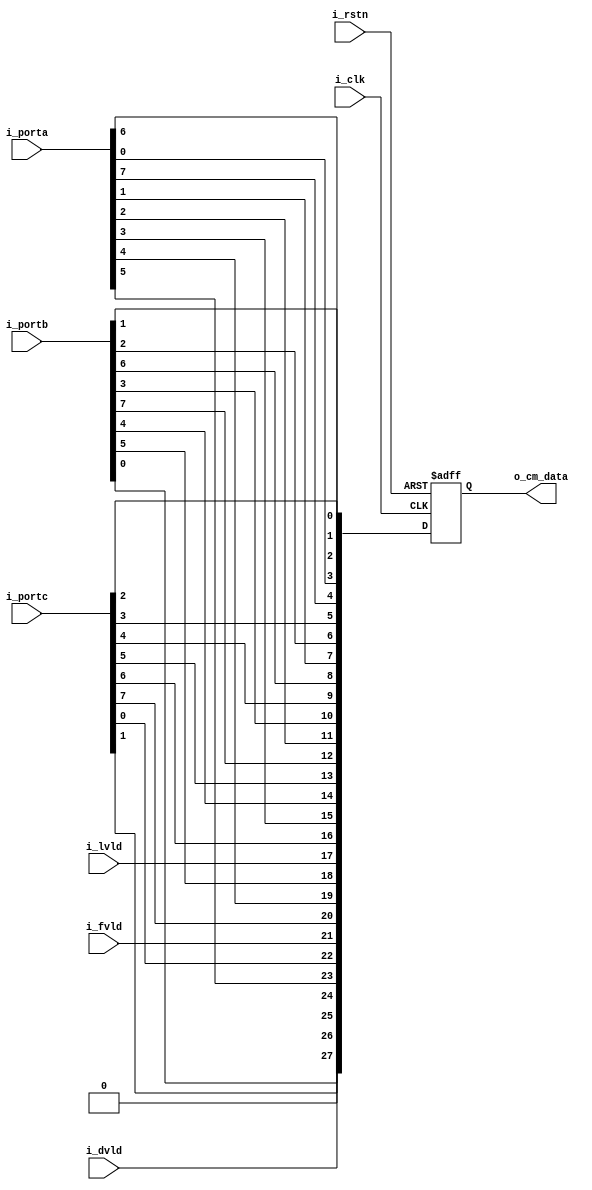
`timescale 1ns / 1ps
//////////////////////////////////////////////////////////////////////////////////
// Company: NJUST
// 
// Design Name: 
// Module Name: dvp2cmlink
// Project Name: 
// Target Devices: 
// Tool Versions: 
// Description: 
// 
// Dependencies: 
// 
// Revision:
// Revision 0.01 - File Created
// Additional Comments:
// 
//////////////////////////////////////////////////////////////////////////////////


module dvp2cmlink (
    input             i_clk,
    input             i_rstn,
    input             i_fvld,
    input             i_lvld,
    input             i_dvld,
    input      [ 7:0] i_porta,
    input      [ 7:0] i_portb,
    input      [ 7:0] i_portc,
    output reg [27:0] o_cm_data
);
  //-------------------------------------------------------
  //--  clk     _____________________
  //--  txout0 | tx7  | tx6  | tx4  | tx3  | tx2  | tx1  | tx0
  //--  txout1 | tx18 | tx15 | tx14 | tx13 | tx12 | tx9  | tx8
  //--  txout2 | tx26 | tx25 | tx24 | tx22 | tx21 | tx20 | tx19
  //--  txout3 | tx23 | tx17 | tx16 | tx11 | tx10 | tx5  | tx27
  //-------------------------------------------------------
  //--  clk    ______________________________
  //--  txout0 | portB0 | portA5  | portA4  | portA3  | portA2  | portA1  | portA0
  //--  txout1 | portC1 | portC0  | portB5  | portB4  | portB3  | portB2  | portB1
  //--  txout2 | dval   | fval    | lval    | portC5  | portC4  | portC3  | portC2
  //--  txout3 | spare  | portC7  | portC6  | portB7  | portB6  | portA7  | portA6
  //-------------------------------------------------------
  //-- tx0  = portA0  ||  tx7  = portB0  || tx15  =  portC0
  //-- tx1  = portA1  ||  tx8  = portB1  || tx18  =  portC1
  //-- tx2  = portA2  ||  tx9  = portB2  || tx19  =  portC2
  //-- tx3  = portA3  ||  tx12 = portB3  || tx20  =  portC3
  //-- tx4  = portA4  ||  tx13 = portB4  || tx21  =  portC4
  //-- tx6  = portA5  ||  tx14 = portB5  || tx22  =  portC5
  //-- tx27 = portA6  ||  tx10 = portB6  || tx16  =  portC6
  //-- tx5  = portA7  ||  tx11 = portB7  || tx17  =  portC7
  //-- tx24 = lval    ||  tx25 = fval    || tx26  =  dval    
  //-- tx23= spare   
  //-------------------------------------------------------

  always @(posedge i_clk, negedge i_rstn) begin
    if (!i_rstn) o_cm_data[27:0] <= 28'd0;
    else
      o_cm_data[27:0] <= {
        i_portb[0],
        i_portc[1],
        i_dvld,
        1'b0,
        i_porta[5],
        i_portc[0],
        i_fvld,
        i_portc[7],
        i_porta[4],
        i_portb[5],
        i_lvld,
        i_portc[6],
        i_porta[3],
        i_portb[4],
        i_portc[5],
        i_portb[7],
        i_porta[2],
        i_portb[3],
        i_portc[4],
        i_portb[6],
        i_porta[1],
        i_portb[2],
        i_portc[3],
        i_porta[7],
        i_porta[0],
        i_portb[1],
        i_portc[2],
        i_porta[6]
      };
  end

endmodule